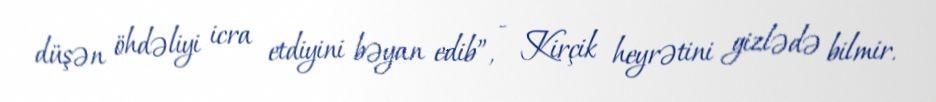
düşən öhdəliyi icra etdiyini bəyan edib”, - Kirçik heyrətini gizlədə bilmir.